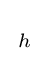
{\begin{smallmatrix}{h}\end{smallmatrix}}